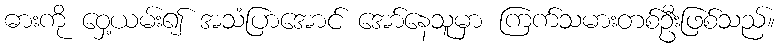
ဓားကို ဝှေ့ယမ်း၍ အသံပြာအောင် အော်နေသူမှာ ကြက်သမားတစ်ဦးဖြစ်သည်။